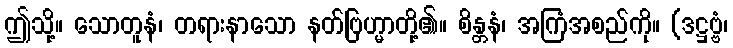
ဤသို့။ သောတူနံ၊ တရားနာသော နတ်ဗြဟ္မာတို့၏။ စိန္တနံ၊ အကြံအစည်ကို။ (ဒဋ္ဌဗ္ဗံ၊